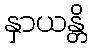
နှာယန္တိ